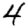
Digit: 4